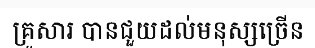
គ្រួសារ បានជួយដល់មនុស្សច្រើន